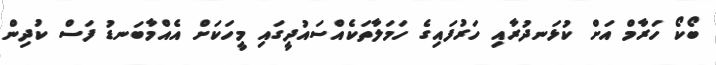
ބޯކޯ ހަރާމް އަށް ކުޅަނދުރާއި ހަރުފައިގެ ހަމަލާތަކެއްސައުދީގައި މީހަކަށް އެއްމާބަނޑު ފަސް ކުދިން